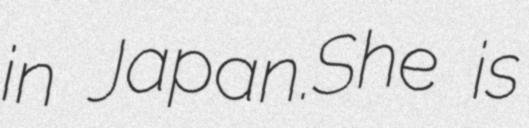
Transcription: in Japan.She is